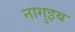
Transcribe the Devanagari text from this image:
नागुइब